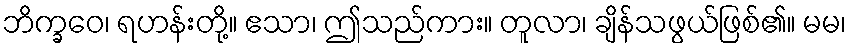
ဘိက္ခဝေ၊ ရဟန်းတို့။ ဧသာ၊ ဤသည်ကား။ တူလာ၊ ချိန်သဖွယ်ဖြစ်၏။ မမ၊